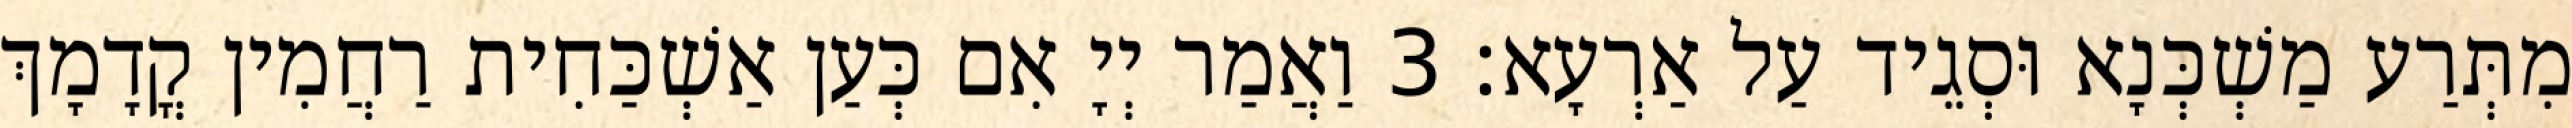
מִתְּרַע מַשְׁכְּנָא וּסְגֵיד עַל אַרְעָא׃ 3 וַאֲמַר יְיָ אִם כְּעַן אַשְׁכַּחִית רַחֲמִין קֳדָמָךְ